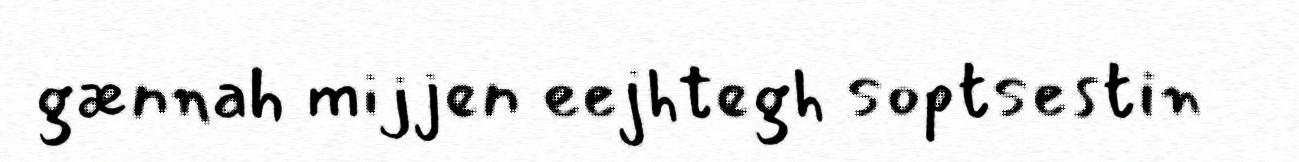
gænnah mijjen eejhtegh soptsestin